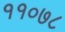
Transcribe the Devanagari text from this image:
११०७८